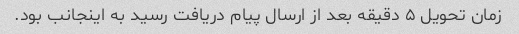
زمان تحویل ۵ دقیقه بعد از ارسال پیام دریافت رسید به اینجانب بود.